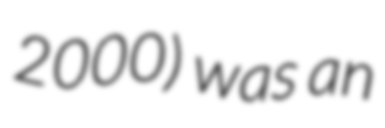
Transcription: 2000) was an